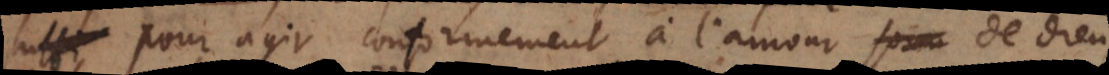
suffi pour agir conformement à l’amour pour de Dieu,